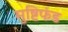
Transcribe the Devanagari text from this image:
मुष्टिफंड